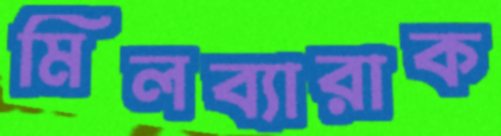
মিলব্যারাক